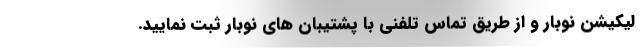
لیکیشن نوبار و از طریق تماس تلفنی با پشتیبان های نوبار ثبت نمایید.